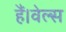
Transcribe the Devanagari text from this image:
हैं।वेल्स